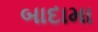
બાદામા